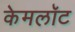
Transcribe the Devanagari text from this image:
केमलॉट